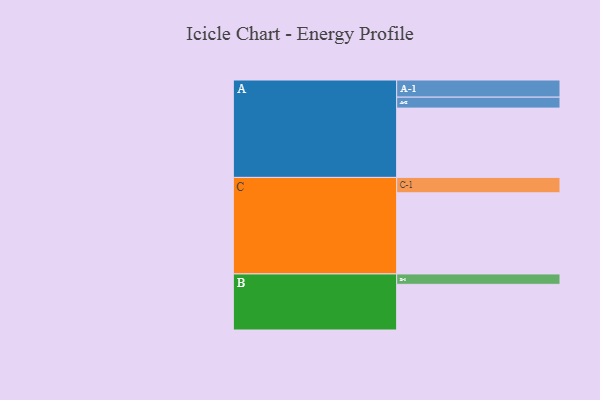
{"axis": {"x": "Segment", "y": "Value"}, "legend": ["", "A", "B", "C"], "data": [{"x": "A", "y": 481, "type": ""}, {"x": "B", "y": 317, "type": ""}, {"x": "C", "y": 563, "type": ""}, {"x": "A-1", "y": 119, "type": "A"}, {"x": "A-2", "y": 76, "type": "A"}, {"x": "B-1", "y": 72, "type": "B"}, {"x": "C-1", "y": 107, "type": "C"}]}